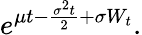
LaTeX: e^{\mu t-{\frac{\sigma^{2}t}{2}}+\sigma W_{t}}.